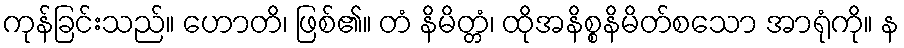
ကုန်ခြင်းသည်။ ဟောတိ၊ ဖြစ်၏။ တံ နိမိတ္တံ၊ ထိုအနိစ္စနိမိတ်စသော အာရုံကို။ န